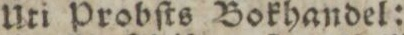
Uti Probſts Bokhandel: